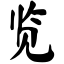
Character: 览